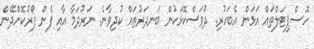
ހޮސްޕިޓަލްތައް އަޅަން އެބަހުރި. ދުވަސްކޮޅަކުން ބަނދަރުތައް ކުދިވާނެ. ނަރުދަމާ އާއި ފެން ފޯރުކޮށްދޭން